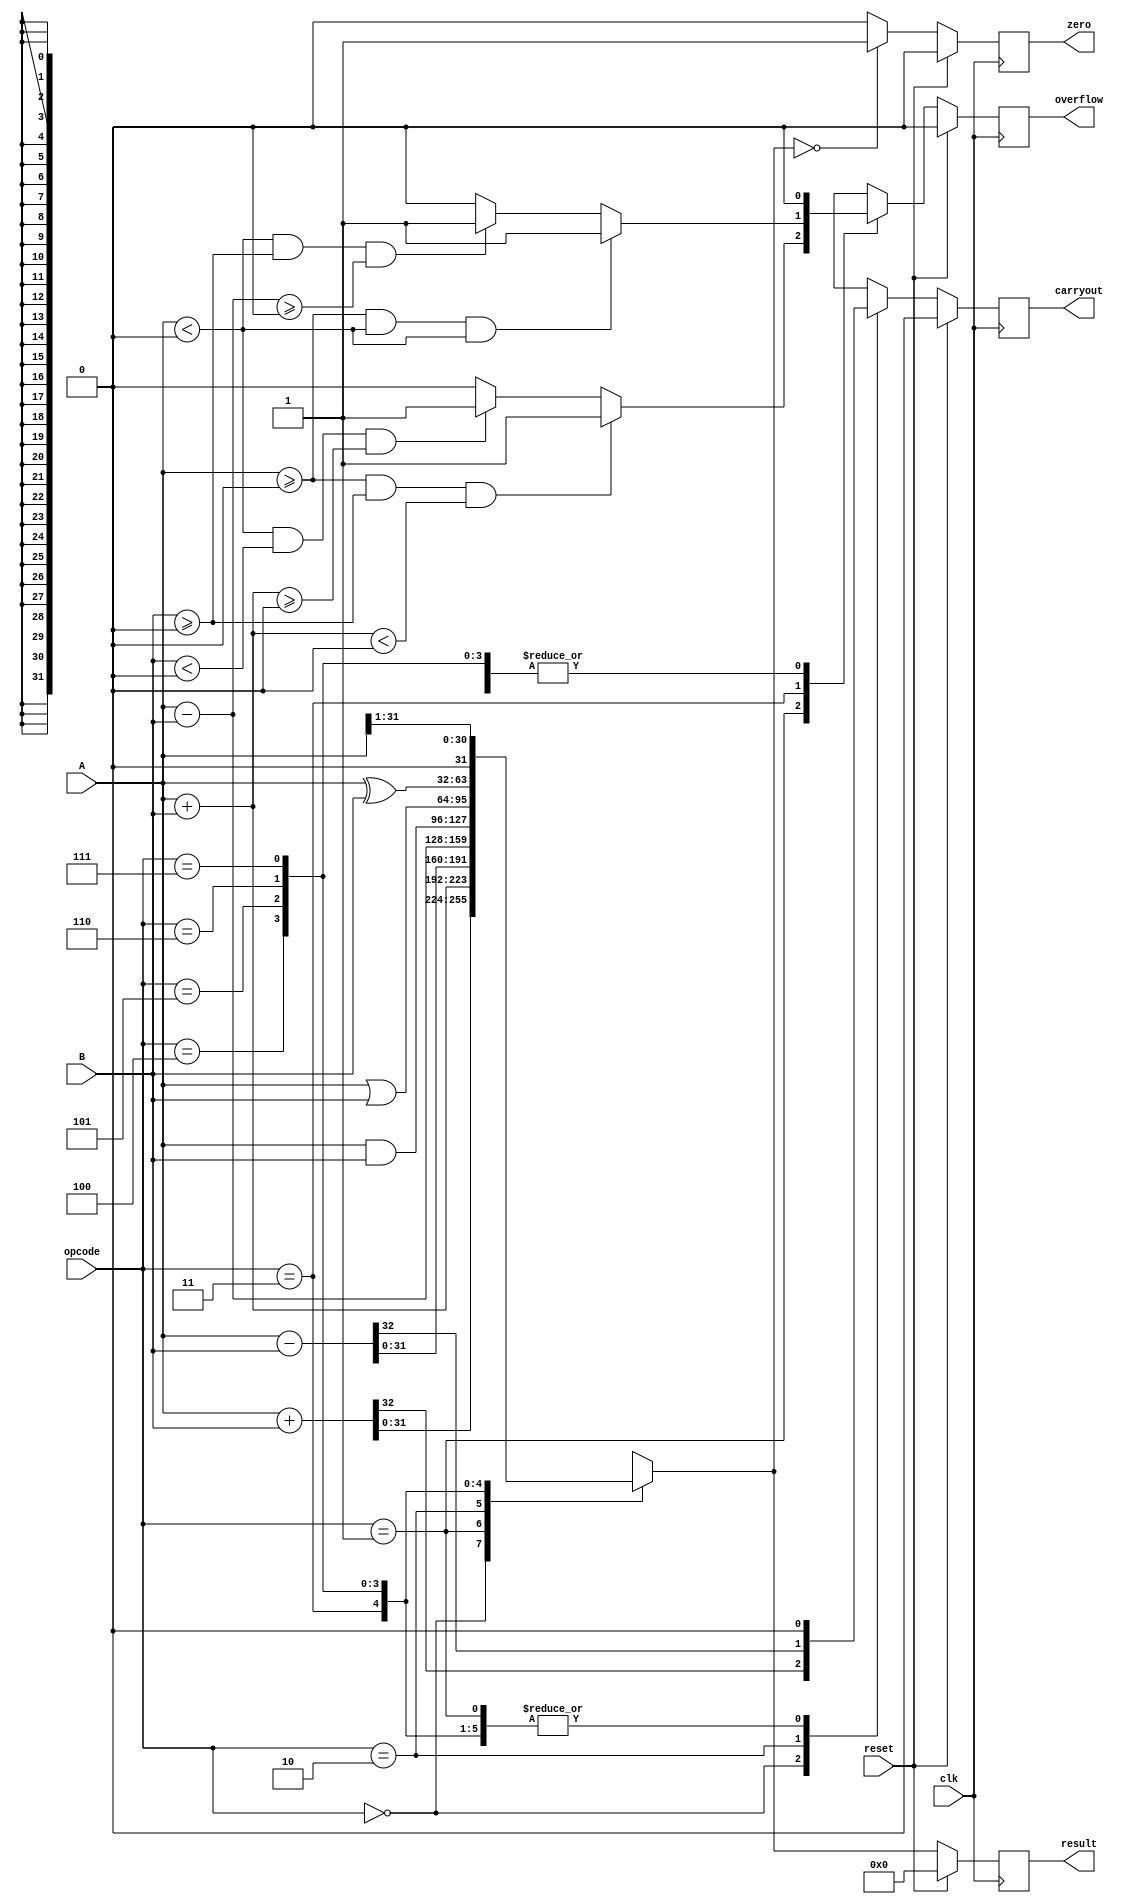
`timescale 1ns / 1ps
//////////////////////////////////////////////////////////////////////////////////
// Company: 
// Engineer: 
// 
// Design Name: 
// Module Name:    my_alu 
// Project Name: 
// Target Devices: 
// Tool versions: 
// Description: 
//
// Dependencies: 
//
// Revision: 
// Revision 0.01 - File Created
// Additional Comments: 
//
//////////////////////////////////////////////////////////////////////////////////
module my_alu #(parameter NUMBITS = 32) (
    input wire clk,
    input wire reset,
    input wire [NUMBITS-1:0]A,
    input wire [NUMBITS-1:0]B,
    input wire [2:0] opcode,
    output reg [NUMBITS- 1:0] result,
    output reg  carryout,
    output reg  overflow,
    output reg zero
    );
	 
//comb block
reg [NUMBITS-1:0] c_result ; 
reg c_overflow;
reg c_carryout;

always @(*)begin

c_result = 'd0;

case (opcode)

3'd0 : begin //unsigned add
c_result = A + B; 

{c_carryout,c_result} = {1'b0, A} + {1'b0,B} ;
c_overflow = 'd0;
end

3'd1 : begin //signed add
c_result = $signed(A) + $signed(B);
c_carryout = 'd0;
			if (($signed(A) >= 0) && ($signed(B) >= 0) && ($signed(c_result) < 0)) begin 
			c_overflow = 1'b1 ;
			end else if (($signed(A) < 0) && ($signed(B) < 0) && ($signed(c_result) >= 0))begin 
			c_overflow = 1'b1 ;
			end else begin 
			c_overflow = 1'b0 ;
			end
end

3'd2 : begin //unsigned sub
c_result = A - B; 
{c_carryout,c_result} = {1'b0, A} - {1'b0,B} ;
c_overflow = 'd0;
end

3'd3 : begin //signed sub
c_result = $signed(A) - $signed(B);
c_carryout = 'd0;
			if (($signed(A) >= 0) && ($signed(A) < 0) && ($signed(A) < 0)) begin
			c_overflow = 1'b1 ;
			end else if (($signed(A) < 0) && ($signed(B) >= 0) && ($signed(c_result) >= 0)) begin 
			c_overflow = 1'b1 ;
			end else begin
			c_overflow <= 1'b0 ;
			end
end

3'd4 : begin //AND
c_result = A & B; 
c_overflow = 'd0;
c_carryout = 'd0;
end

3'd5 : begin //OR
c_result = A | B; 
c_overflow = 'd0;
c_carryout = 'd0;
end

3'd6 : begin //XOR
c_result = A ^ B; 
c_overflow = 'd0;
c_carryout = 'd0;
end

3'd7 : begin //Divide by 2
c_result = A >> 1; 
c_overflow = 'd0;
c_carryout = 'd0;
end

endcase

end

//seq block
always @( posedge clk )begin
 if( reset == 1'b1 )begin
			result <= 'd0 ;
			zero <= 'd0;
			overflow <= 'd0;
			carryout <= 'd0;
 end else begin
			result <= c_result ;
			overflow <= c_overflow;
			carryout <= c_carryout;
			
		  if (c_result == {NUMBITS{1'b0}} ) zero <= 1'b1; // Zero detection
		  else zero <= 1'b0;
		  
			zero <= ( c_result == {NUMBITS{1'b0}}) ? 1'b1 : 1'b0 ;

 end
end

endmodule